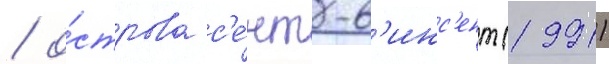
/ о́строва с'е́нт-в'инс'ент (1991)